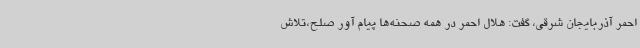
احمر آذربایجان شرقی، گفت: هلال احمر در همه صحنه‌ها پیام آور صلح،تلاش